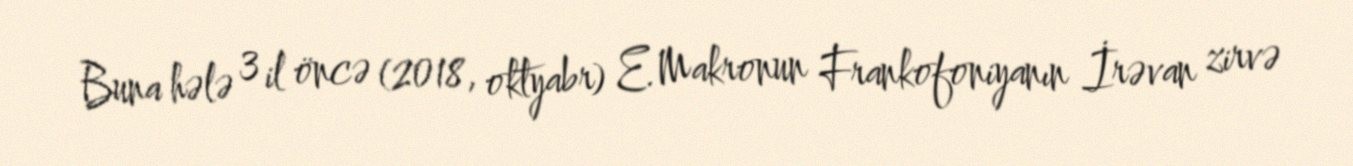
Buna hələ 3 il öncə (2018, oktyabr) E.Makronun Frankofoniyanın İrəvan zirvə